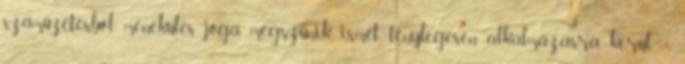
száműzetésből menekülés joga megszűnik ismét ténylegesen alkalmazásra kerül: 1.